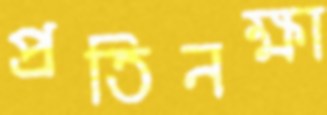
প্রতিনক্ষা